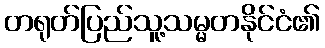
တရုတ်ပြည်သူ့သမ္မတနိုင်ငံ၏